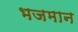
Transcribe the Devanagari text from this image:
भजमान